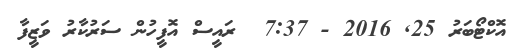
އޮކްޓޯބަރު 25